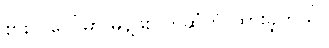
စားပွဲ ပေါ်မှာ မုန့်ဖိုးပိုက်ဆံကို ထားခဲ့တယ်။